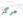
مركز